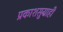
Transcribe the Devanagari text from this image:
प्रकाशसुग्राही